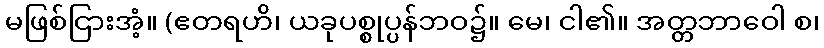
မဖြစ်ငြားအံ့။ (ဧတရဟိ၊ ယခုပစ္စုပ္ပန်ဘဝ၌။ မေ၊ ငါ၏။ အတ္တဘာဝေါ စ၊